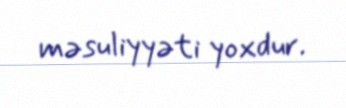
məsuliyyəti yoxdur.